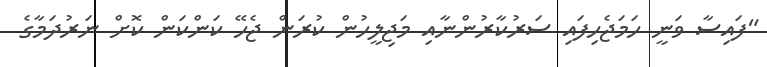
"ފައިސާ ވަނީ ހަމަޖެހިފައި ސަރުކާރުންނާއި މަޖިލީހުން ކުރަން ޖެހޭ ކަންކަން ކޮށް ނަރުދަމާގެ